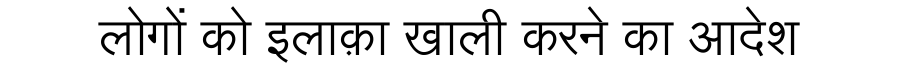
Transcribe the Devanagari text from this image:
लोगों को इलाक़ा खाली करने का आदेश